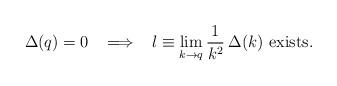
LaTeX: \begin{align*}\Delta(q)=0 \;\;\;\Longrightarrow\;\;\; l \equiv \lim_{k \to q}\frac{1}{k^2}\: \Delta(k) {\mbox{ exists}}. \end{align*}